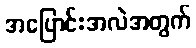
အပြောင်းအလဲအတွက်